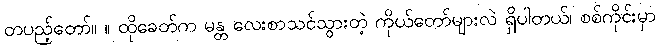
တပည့်တော်။ ။ ထိုခေတ်က မန္တ လေးစာသင်သွားတဲ့ ကိုယ်တော်များလဲ ရှိပါတယ်၊ စစ်ကိုင်းမှာ